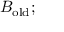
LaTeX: B _ { \mathrm { o l d } } ;